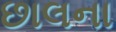
છાલના